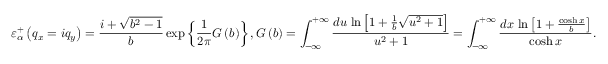
\varepsilon _ { \alpha } ^ { + } \left( { { q } _ { x } } = i { { q } _ { y } } \right) = \frac { i + \sqrt { { { b } ^ { 2 } } - 1 } } { b } \exp \left\{ \frac { 1 } { 2 \pi } G \left( b \right) \right\} , G \left( b \right) = \int _ { - \infty } ^ { + \infty } { \frac { d u \, \ln \left[ 1 + \frac { 1 } { b } \sqrt { { { u } ^ { 2 } } + 1 } \right] } { { { u } ^ { 2 } } + 1 } } = \int _ { - \infty } ^ { + \infty } { \frac { d x \, \ln \left[ 1 + \frac { \cosh x } { b } \right] } { \cosh x } } .